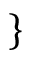
\}